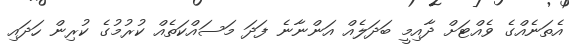
އެތަނެއްގެ ވެއްޓަށް ދާއިމީ ބަދަލެއް އަންނާނެ ފަދަ މަސައްކަތެއް ކުރުމުގެ ކުރިން ހަދައި